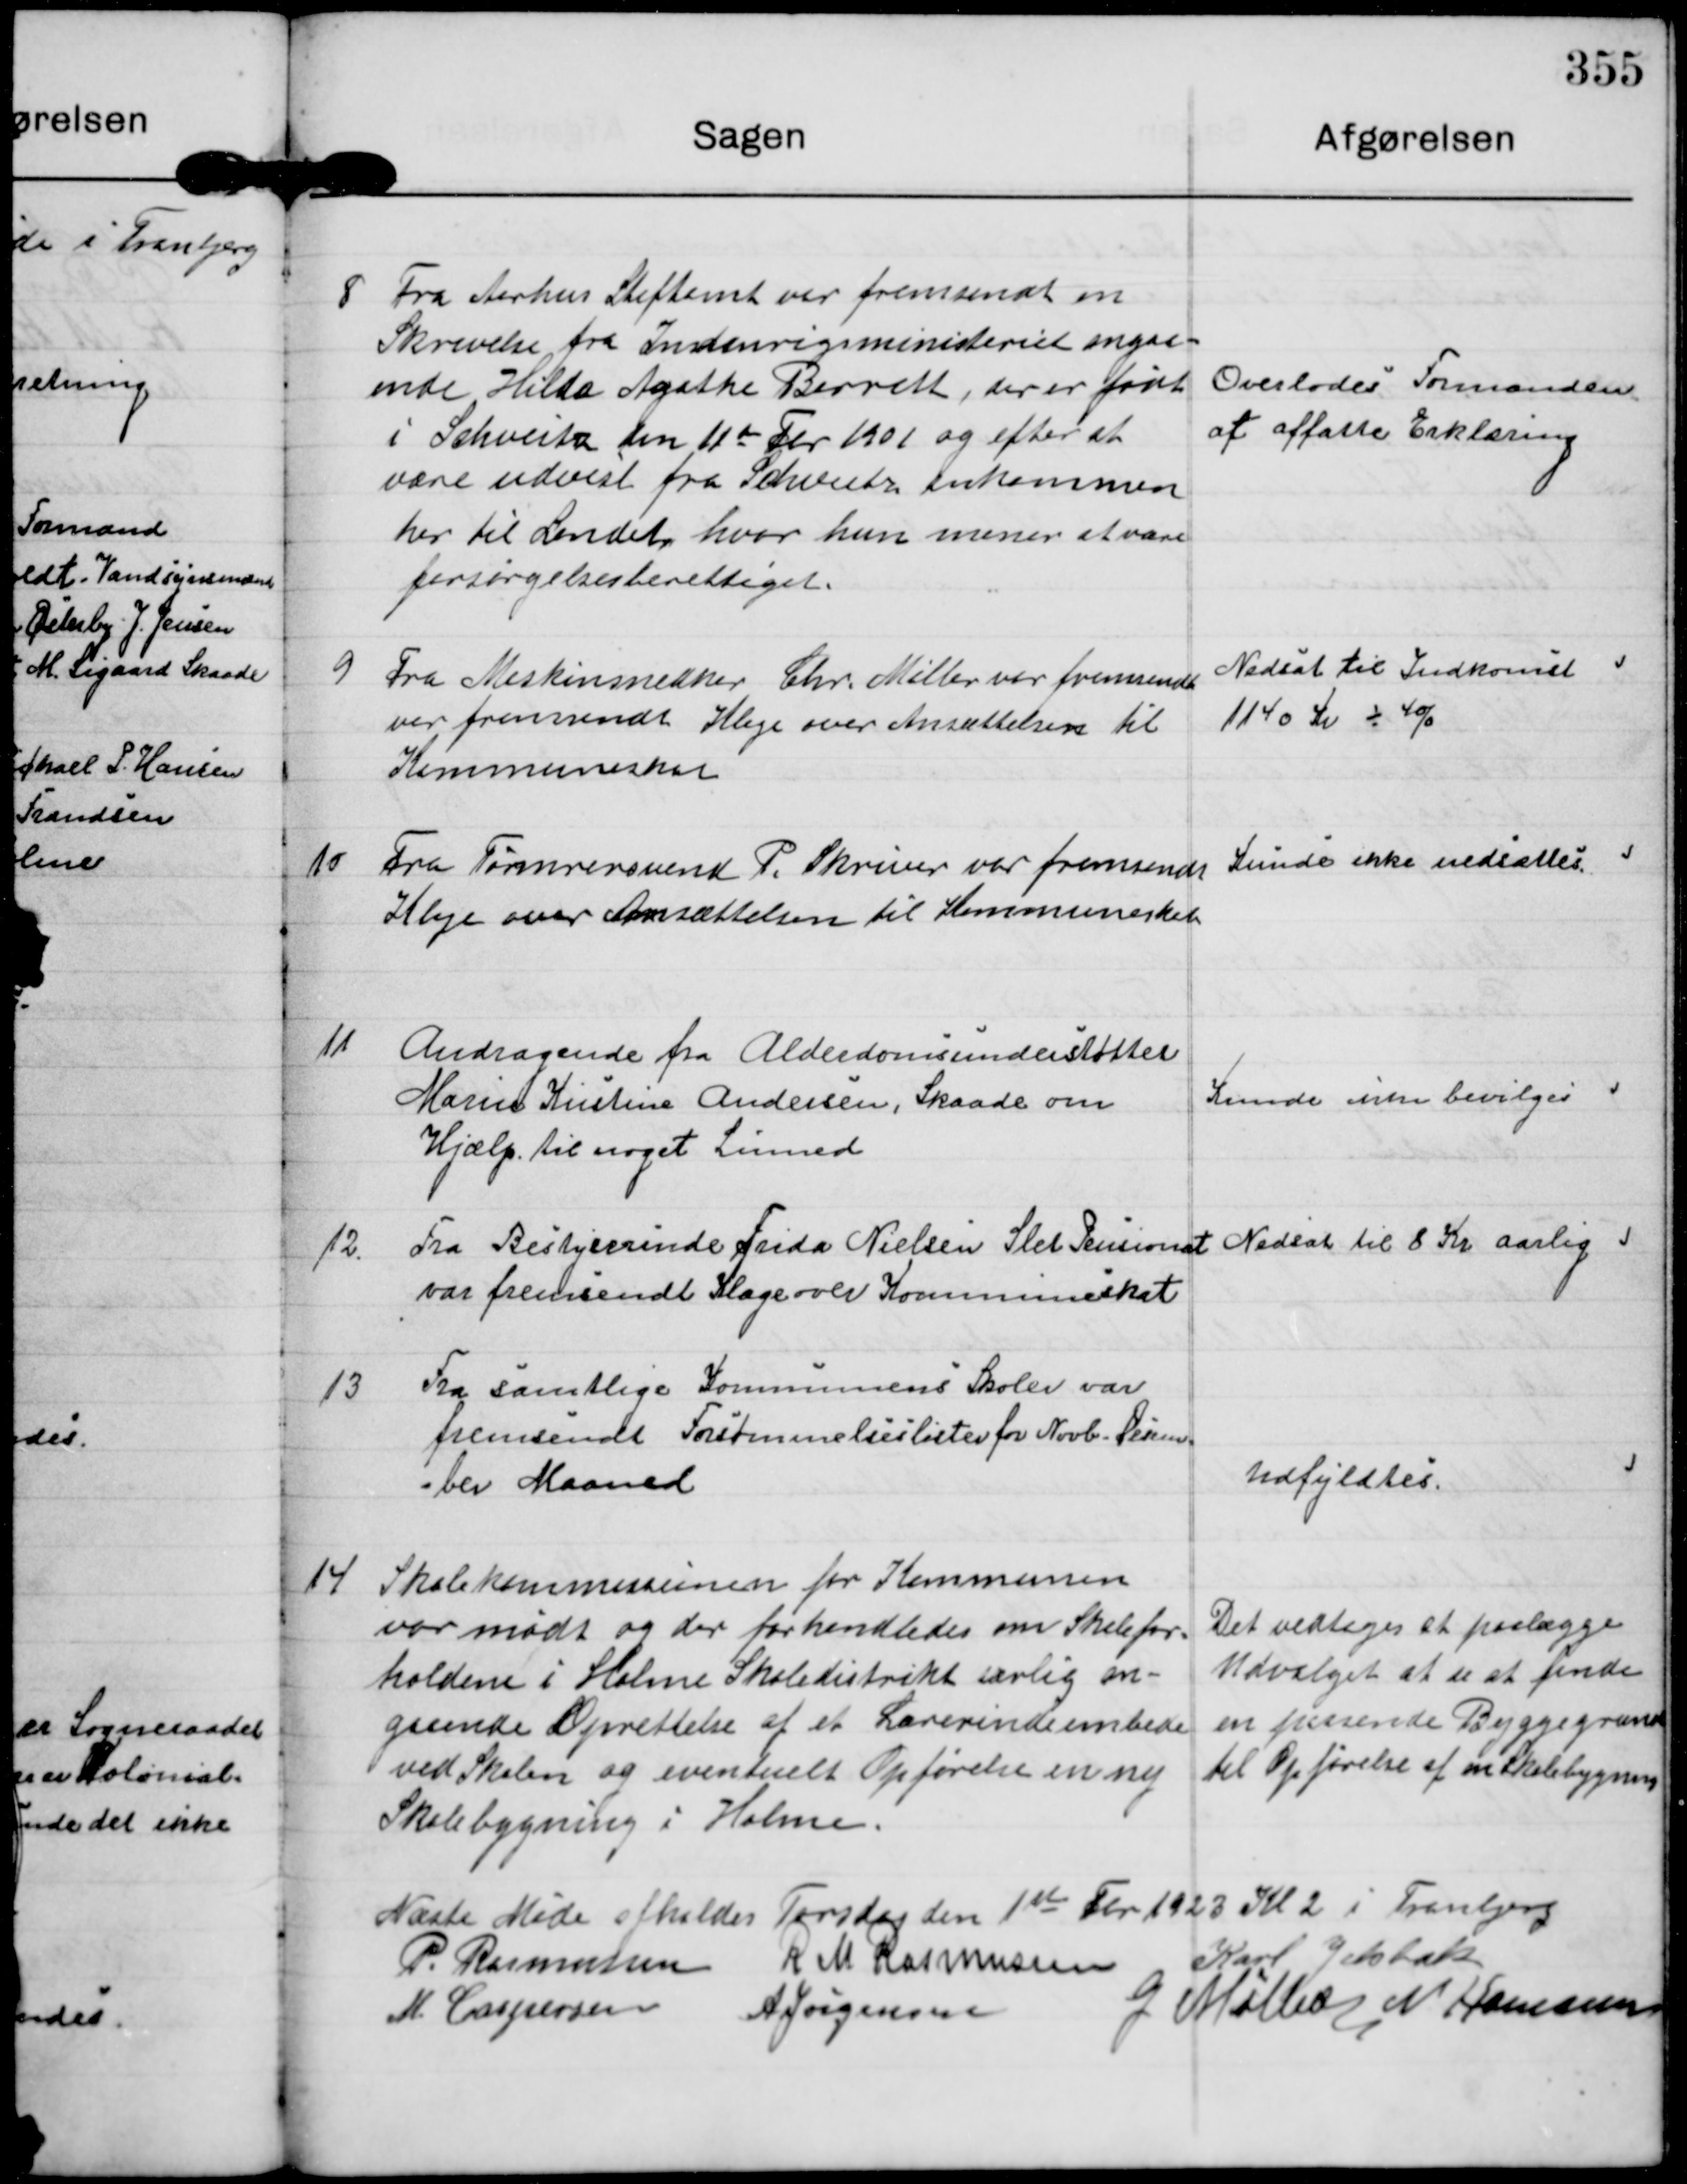
Transskription:
8 Fra Aarhus Stiftamt var fremsendt en
Skrivelse fra Indenrigsministeriet angaa-
ende Hilda Agathe Barrett, der er født
i Schveitz den 11te Fbr 1901 og efter at
være udvist fra Schveitz ankommer
her til Landet, hvor hun mener at være
forsørgelsesberettiget.

Overlodes Formanden
af affatte Erklæring

9 Fra Maskinsnedker Chr. Møller var fremsendt
var fremsendt Klage over Ansættelsen til
Kommuneskat

Nedsat til Indkomst
1140 Kr - 4%

10
Fra Tørmrersvend P. Skriver var fremsendt
Klage over Ansættelsen til Kommuneskat

Kunde ikke nedsættes.

11 Andragende fra Alderdomsunderstøttet
Marie Kirstine Andersen, Skaade om
Hjælptil noget Linned

Kunde ikke bevilges

12.
Fra Bestyrerinde Frida Nielsen Slet Pensionat
var fremsendt Klage over Kommuneskat

Nedsat til 8 Kr aarlig i

13
Fra samtlige Kommunens Skoler var
fremsendt Forsømmelseslister for Novb.-Desem
ber Maaned

Udfyldtes.

14 Skolekommissionen for Kommunen
var mødt og der forhandledes om Skolefor-
holdene i Holme Skoledistrikt særlig an-
gaaende Oprettelse af et Lærerindeembede
ved Skolen og eventuelt Opførelse en ny
Skolebygning i Holme.

Det vedtoges at paalægge
Udvalget at se at finde
en passende Byggegrund
til Opførelse af en Skolebygning

Næste Møde afholdes Torsdag den 1ste Fbr 1923 Kl 2 i Tranbjerg

P. Rasmussen

R M Rasmussen

Karl Jelsbak

M. Caspersen

A Jørgensen

G Møller

N Hamann